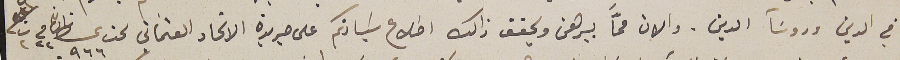
في الدين وروسَآ الدين. والان ممّا يبرهن ويحقق ذالك اطلاع سَيادتكم على جريدة الاتحاد العثماني تحت عدد ٩٦٦ تاريخ فى ٢٢ ت٢ سنه ٩١١